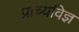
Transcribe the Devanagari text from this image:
प्राच्यविज्ञ